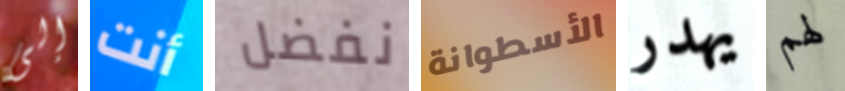
إلى أنت نفضل الأسطوانة يهدر لهم